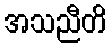
အသညီတိ